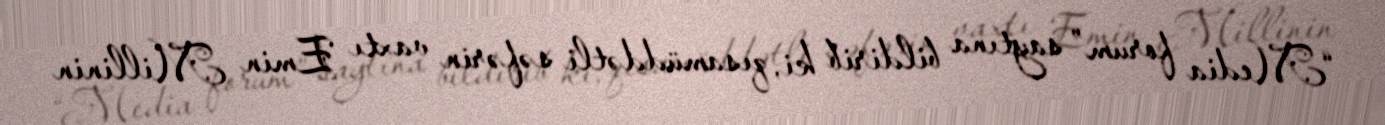
“Media forum” saytına bildirib ki, qısamüddətli səfərin vaxtı Emin Millinin